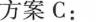
方案C：